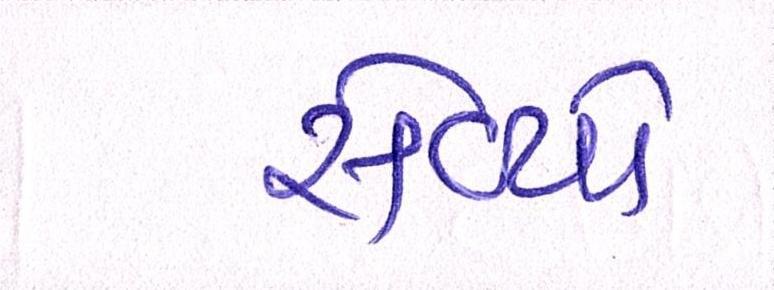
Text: સેવ્યો